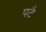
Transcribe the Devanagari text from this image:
पटै